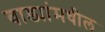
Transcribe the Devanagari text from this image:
वाड्यांमधील